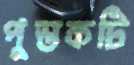
পুস্তকটি